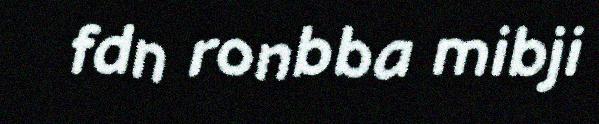
fdn ronbba mibji